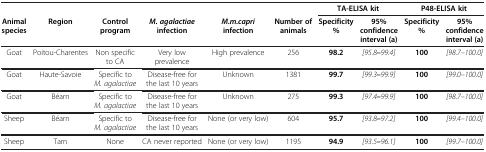
<table><thead><tr><td><b> </b></td><td><b> </b></td><td><b> </b></td><td><b> </b></td><td><b> </b></td><td><b> </b></td><td colspan="2"><b>TA-ELISA kit</b></td><td colspan="2"><b>P48-ELISA kit</b></td></tr><tr><td><b>Animal species</b></td><td><b>Region</b></td><td><b>Control program</b></td><td><b><i>M. agalactiae</i>infection</b></td><td><b><i>M.m.capri</i>infection</b></td><td><b>Number of animals</b></td><td><b>Specificity %</b></td><td><b>95% confidence interval (a)</b></td><td><b>Specificity %</b></td><td><b>95% confidence interval (a)</b></td></tr></thead><tbody><tr><td>Goat</td><td>Poitou-Charentes</td><td>Non specific to CA</td><td>Very low prevalence</td><td>High prevalence</td><td>256</td><td><b>98.2</b></td><td><i>[95.8</i><b>–</b><i>99.4]</i></td><td><b>100</b></td><td><i>[98.7–100.0]</i></td></tr><tr><td>Goat</td><td>Haute-Savoie</td><td>Specific to <i>M. agalactiae</i></td><td>Disease-free for the last 10 years</td><td>Unknown</td><td>1381</td><td><b>99.7</b></td><td><i>[99.3</i><b>–</b><i>99.9]</i></td><td><b>100</b></td><td><i>[99.0–100.0]</i></td></tr><tr><td>Goat</td><td>Béarn</td><td>Specific to <i>M. agalactiae</i></td><td>Disease-free for the last 10 years</td><td>Unknown</td><td>275</td><td><b>99.3</b></td><td><i>[97.4</i><b>–</b><i>99.9]</i></td><td><b>100</b></td><td><i>[98.7–100.0]</i></td></tr><tr><td>Sheep</td><td>Béarn</td><td>Specific to <i>M. agalactiae</i></td><td>Disease-free for the last 10 years</td><td>None (or very low)</td><td>604</td><td><b>95.7</b></td><td><i>[93.8</i><b>–</b><i>97.2]</i></td><td><b>100</b></td><td><i>[99.4–100.0]</i></td></tr><tr><td>Sheep</td><td>Tarn</td><td>None</td><td>CA never reported</td><td>None (or very low)</td><td>1195</td><td><b>94.9</b></td><td><i>[93.5</i><b>–</b><i>96.1]</i></td><td><b>100</b></td><td><i>[99.7–100.0]</i></td></tr></tbody></table>